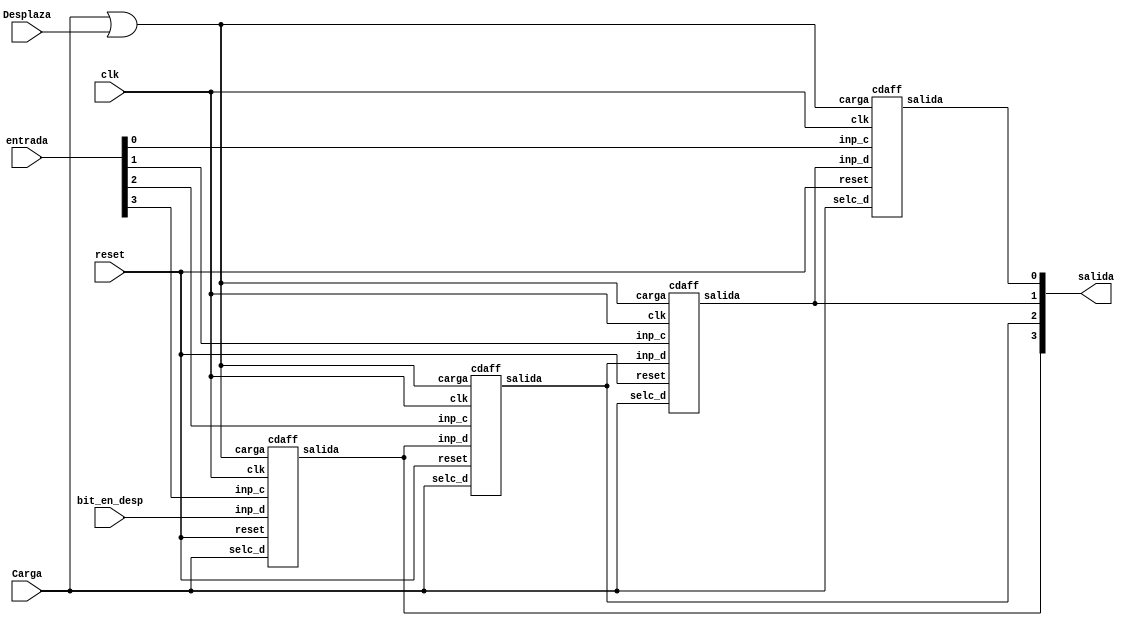
`timescale 1 ns / 10 ps


module registroN #(parameter SIZE = 4) (input wire [SIZE-1:0] entrada, input wire bit_en_desp, input wire Carga, Desplaza, clk, reset, output wire [SIZE-1:0] salida);
  wire enable; 
  assign enable = Carga | Desplaza; //Si se carga o desplaza se habilitan en modificacin los biestables
  
  genvar i;
  generate
    for (i = 0; i < SIZE; i = i + 1)
    begin
      if (i == SIZE - 1)
        cdaff ff(Carga, entrada[i], bit_en_desp, clk, reset, enable, salida[i]);
      else
        cdaff ff(Carga, entrada[i], salida[i+1], clk, reset, enable, salida[i]);
    end
  endgenerate
endmodule

module registroN_2desp #(parameter SIZE = 4) (input wire [SIZE-1:0] entrada, input wire [1:0] bit_en_desp, input wire Carga, Desplaza, clk, reset, output wire [SIZE-1:0] salida);
  wire enable;
  assign enable = Carga | Desplaza; //Si se carga o desplaza se habilitan en modificacin los biestables
  
  genvar i;
  generate
    for (i = 0; i < SIZE; i = i + 1)
    begin
      if (i < SIZE - 2)
        cdaff ff(Carga, entrada[i], salida[i+2], clk, reset, enable, salida[i]);
      else
        cdaff ff(Carga, entrada[i], bit_en_desp[i - SIZE + 2], clk, reset, enable, salida[i]);
    end
  endgenerate
endmodule

// A y M
module registro6 (input wire [5:0] entrada, input wire bit_en_desp, input wire Carga, Desplaza, clk, reset, output wire [5:0] salida);
  wire enable; 

  assign enable = Carga | Desplaza; //Si se carga o desplaza se habilitan en modificacin los biestables

  cdaff ff0(Carga, entrada[0], salida[1], clk, reset, enable, salida[0]);
  cdaff ff1(Carga, entrada[1], salida[2], clk, reset, enable, salida[1]);
  cdaff ff2(Carga, entrada[2], salida[3], clk, reset, enable, salida[2]);
  cdaff ff3(Carga, entrada[3], salida[4], clk, reset, enable, salida[3]);
  cdaff ff4(Carga, entrada[4], salida[5], clk, reset, enable, salida[4]);
  cdaff ff5(Carga, entrada[5], bit_en_desp, clk, reset, enable, salida[5]); //entra un bit en el desplaz
endmodule

// M con 2 desp
module registro6_2desp (input wire [5:0] entrada, input wire [1:0] bit_en_desp, input wire Carga, Desplaza, clk, reset, output wire [5:0] salida);
  wire enable; 

  assign enable = Carga | Desplaza; //Si se carga o desplaza se habilitan en modificacin los biestables

  cdaff ff0(Carga, entrada[0], salida[2], clk, reset, enable, salida[0]);
  cdaff ff1(Carga, entrada[1], salida[3], clk, reset, enable, salida[1]);
  cdaff ff2(Carga, entrada[2], salida[4], clk, reset, enable, salida[2]);
  cdaff ff3(Carga, entrada[3], salida[5], clk, reset, enable, salida[3]);
  cdaff ff4(Carga, entrada[4], bit_en_desp[0], clk, reset, enable, salida[4]); 
  cdaff ff5(Carga, entrada[5], bit_en_desp[1], clk, reset, enable, salida[5]); //entra un bit en el desplaz
endmodule

// Q
module registro5 (input wire [4:0] entrada, input wire bit_en_desp, input wire Carga, Desplaza, clk, reset, output wire [4:0] salida);
  wire enable; 

  assign enable = Carga | Desplaza; //Si se carga o desplaza se habilitan en modificacin los biestables

  cdaff ff0(Carga, entrada[0], salida[1], clk, reset, enable, salida[0]);
  cdaff ff1(Carga, entrada[1], salida[2], clk, reset, enable, salida[1]);
  cdaff ff2(Carga, entrada[2], salida[3], clk, reset, enable, salida[2]);
  cdaff ff3(Carga, entrada[3], salida[4], clk, reset, enable, salida[3]); 
  cdaff ff4(Carga, entrada[4], bit_en_desp, clk, reset, enable, salida[4]); //entra un bit en el desplaz
endmodule


// Podra ser A o M
// La lnea de Carga indica que se va a asignar un nuevo valor al registro que viene por "entrada"
// La lnea de Desplaza indica que se va a desplazar el contenido del registro. El bit ms significativo se completa con la entrada "bit_en_desp"
module registro4 (input wire [3:0] entrada, input wire bit_en_desp, input wire Carga, Desplaza, clk, reset, output wire [3:0] salida);
  wire enable; 

  assign enable = Carga | Desplaza; //Si se carga o desplaza se habilitan en modificacin los biestables

  cdaff ff0(Carga, entrada[0], salida[1], clk, reset, enable, salida[0]);
  cdaff ff1(Carga, entrada[1], salida[2], clk, reset, enable, salida[1]);
  cdaff ff2(Carga, entrada[2], salida[3], clk, reset, enable, salida[2]);
  cdaff ff3(Carga, entrada[3], bit_en_desp, clk, reset, enable, salida[3]); //entra un bit en el desplaz
endmodule

module registro4_2desp (input wire [3:0] entrada, input wire [1:0] bit_en_desp, input wire Carga, Desplaza, clk, reset, output wire [3:0] salida);
  wire enable; 

  assign enable = Carga | Desplaza; //Si se carga o desplaza se habilitan en modificacin los biestables

  cdaff ff0(Carga, entrada[0], salida[2], clk, reset, enable, salida[0]);
  cdaff ff1(Carga, entrada[1], salida[3], clk, reset, enable, salida[1]);
  cdaff ff2(Carga, entrada[2], bit_en_desp[0], clk, reset, enable, salida[2]);
  cdaff ff3(Carga, entrada[3], bit_en_desp[1], clk, reset, enable, salida[3]); //entra un bit en el desplaz
endmodule

// Registro de 3 bits, soporta Carga de entrada, reseteo y desplazamiento aritmtico o lgico
// La lnea de Carga indica que se va a asignar un nuevo valor al registro que viene por "entrada"
// La lnea de Desplaza indica que se va a desplazar el contenido del registro. El bit ms significativo se completa con la entrada "bit_en_desp"
module registro3 (input wire [2:0] entrada, input wire bit_en_desp, input wire Carga, Desplaza, clk, reset, output wire [2:0] salida);
  wire enable;
  
  assign enable = Carga | Desplaza; //Si se carga o desplaza se habilitan en modificacin los biestables

  cdaff ff0(Carga, entrada[0], salida[1], clk, reset, enable, salida[0]);
  cdaff ff1(Carga, entrada[1], salida[2], clk, reset, enable, salida[1]);
  cdaff ff2(Carga, entrada[2], bit_en_desp, clk, reset, enable, salida[2]); //entra un bit en el desplaz
endmodule

//Biestable con entrada de mux para aceptar dos entradas posibles
module cdaff (input wire selc_d, inp_c, inp_d, clk, reset, carga, output wire salida);
  wire inp;
  
  ffdc ff0(clk, reset, carga, inp, salida);
  mux2_1_i1 mux0(inp, inp_d, inp_c, selc_d);  // ah tengo que desplazar
endmodule

//Mux de dos entradas de 1 bit realizado a partir de puertas 
module mux2_1_i1(output wire out, input wire a, b, s);
  //Declaracin de conexiones internas
  wire  s_n, sa, sb;
  //Instancias de puertas y sus conexiones
  not inv1 (s_n, s);
  and and1 (sa, a, s_n);
  and and2 (sb, b, s);
  or or1 (out, sa, sb);
endmodule

//Mux de dos entradas para elegir M2 o M
module mux2_1_M2 #(parameter SIZE = 4) (output wire[SIZE-1:0] out, input wire[SIZE-1:0] a, b, input wire s);
  assign out = s? b:a;
endmodule

module ffdc #(parameter retardo = 0)(input wire clk, reset, carga, d, output reg q);
  //reset asncrono, carga sncrona
  always @(posedge clk, posedge reset)
    if (reset)
      q <= #retardo 1'b0; //asignacin no bloqueante q=0
    else
      if (carga)
        q <= #retardo d; //asignacin no bloqueante q=d
endmodule

// Sumador/Restador de 4 bits
module sum_resta4(output wire[3:0] S, output wire c_out, input wire[3:0] A, input wire[3:0] B, input wire resta);
  assign {c_out, S} = (resta == 1) ? A - B + 0 : A + B + 0;
endmodule

// Sumador/Restador de 5 bits
module sum_resta5(output wire[4:0] S, output wire c_out, input wire[4:0] A, input wire[4:0] B, input wire resta);
  assign {c_out, S} = (resta == 1) ? A - B + 0 : A + B + 0;
endmodule

// Sumador/Restador de 6 bits
module sum_resta6(output wire[5:0] S, output wire c_out, input wire[5:0] A, input wire[5:0] B, input wire resta);
  assign {c_out, S} = (resta == 1) ? A - B + 0 : A + B + 0;
endmodule

// Sumador/Restador de N bits
module sum_restaN #(parameter SIZE = 4) (output wire[SIZE-1:0] S, output wire c_out, input wire[SIZE-1:0] A, input wire[SIZE-1:0] B, input wire resta);
  assign {c_out, S} = (resta == 1) ? A - B + 0 : A + B + 0;
endmodule